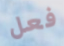
فعل